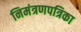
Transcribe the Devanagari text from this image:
निमंत्रणपत्रिका